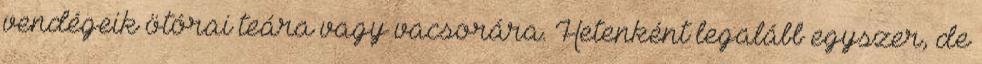
vendégeik ötórai teára vagy vacsorára. Hetenként legalább egyszer, de